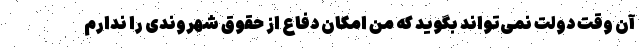
آن وقت دولت نمی‌تواند بگوید که من امکان دفاع از حقوق شهروندی را ندارم